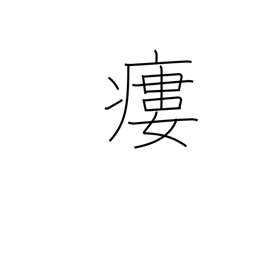
Meaning: fistula